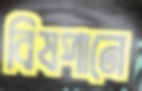
বিষপানে